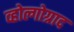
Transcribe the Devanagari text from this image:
व्होल्गोग्राद